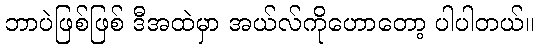
ဘာပဲဖြစ်ဖြစ် ဒီအထဲမှာ အယ်လ်ကိုဟောတော့ ပါပါတယ်။